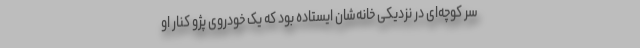
سر کوچه‌ای در نزدیکی خانه‌شان ایستاده بود که یک خودروی پژو کنار او